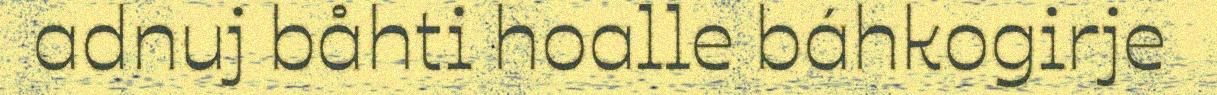
adnuj båhti hoalle báhkogirje